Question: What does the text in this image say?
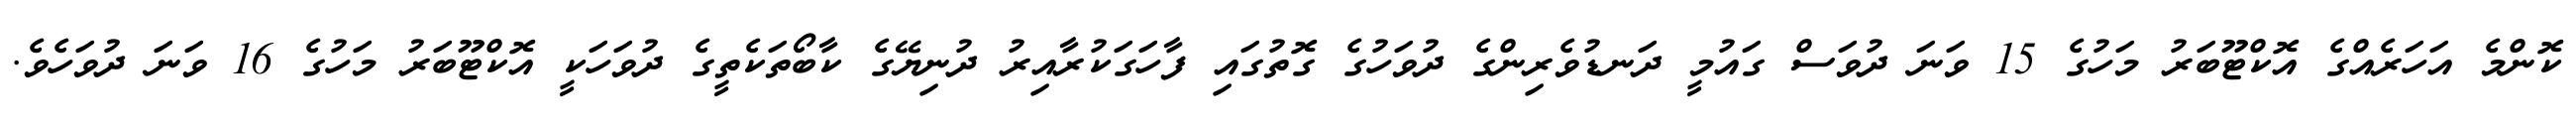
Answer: ކޮންމެ އަހަރެއްގެ އޮކްޓޫބަރު މަހުގެ 15 ވަނަ ދުވަސް ގައުމީ ދަނޑުވެރިންގެ ދުވަހުގެ ގޮތުގައި ފާހަގަކުރާއިރު ދުނިޔޭގެ ކާބޯތަކެތީގެ ދުވަހަކީ އޮކްޓޫބަރު މަހުގެ 16 ވަނަ ދުވަހެވެ.